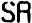
SR